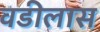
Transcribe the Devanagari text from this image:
वडीलास